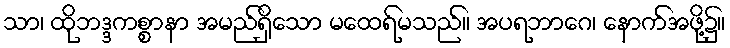
သာ၊ ထိုဘဒ္ဒကစ္စာနာ အမည်ရှိသော မထေရ်မသည်။ အပရဘာဂေ၊ နောက်အဖို့၌။